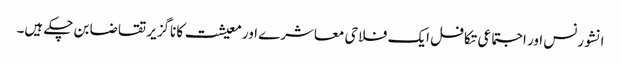
انشورنس اور اجتماعی تکافل ایک فلاحی معاشرے اور معیشت کا ناگزیر تقاضا بن چکے ہیں۔